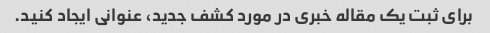
برای ثبت یک مقاله خبری در مورد کشف جدید، عنوانی ایجاد کنید.